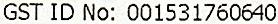
GST ID NO: 001531760640